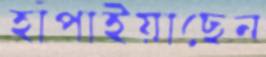
হাঁপাইয়াছেন